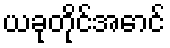
ယခုတိုင်အောင်